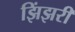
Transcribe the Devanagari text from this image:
झिंझरी